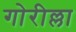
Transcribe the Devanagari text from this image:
गोरील्ला